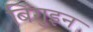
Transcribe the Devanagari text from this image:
बिगुइन